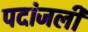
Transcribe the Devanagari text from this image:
पदांजली